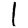
Digit: 1